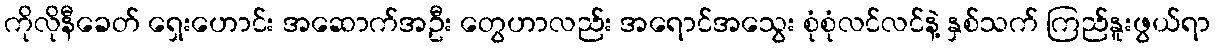
ကိုလိုနီခေတ် ရှေးဟောင်း အဆောက်အဦး တွေဟာလည်း အရောင်အသွေး စုံစုံလင်လင်နဲ့ နှစ်သက် ကြည်နူးဖွယ်ရာ